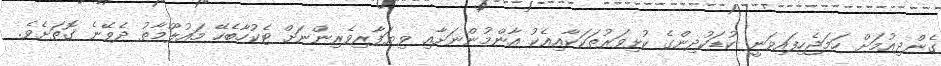
ގެންދިއުމަށް ހަމަޖެހިފައިވަނީ ކުޑަކުދިންގެ ކުޅިވަރުތަކަކާއިއެކު އާންމުންނަށާއި ވިޔަފާރިވެރިންނަށް ޓެކުހާބެހޭ މައުލޫމާތު ދެވޭނެ ގޮތަށެވެ.